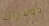
دولارات